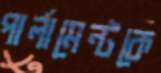
পার্লামেন্টকে